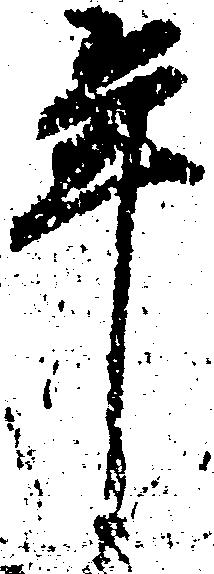
年